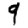
Digit: 9